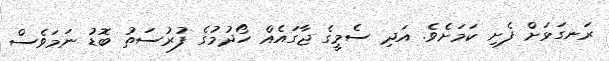
ރަނގަޅަށް ފެށި ކަމަށެވެ. އަދި ސެމީގެ ޖާގައެއް ހޯދުމުގެ ފުރުސަތު ބޮޑު ނަމަވެސް